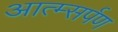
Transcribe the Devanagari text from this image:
आत्म्सर्पण